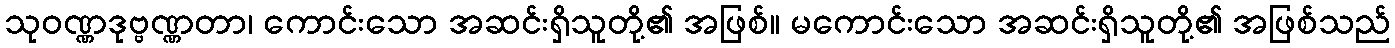
သုဝဏ္ဏဒုဗ္ဗဏ္ဏတာ၊ ကောင်းသော အဆင်းရှိသူတို့၏ အဖြစ်။ မကောင်းသော အဆင်းရှိသူတို့၏ အဖြစ်သည်